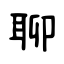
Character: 聊